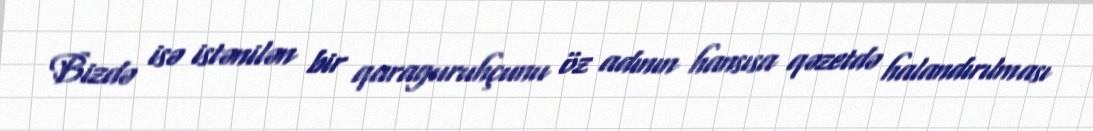
Bizdə isə istənilən bir qaraguruhçunu öz adının hansısa qəzetdə halandırılması